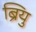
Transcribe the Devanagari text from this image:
ब्रियु